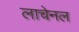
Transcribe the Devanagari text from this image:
लाचेनल